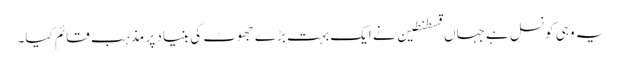
یہ وہی کونسل ہے جہاں قسطنطین نے ایک بہت بڑے جھوٹ کی بنیاد پر مذہب قائم کیا۔